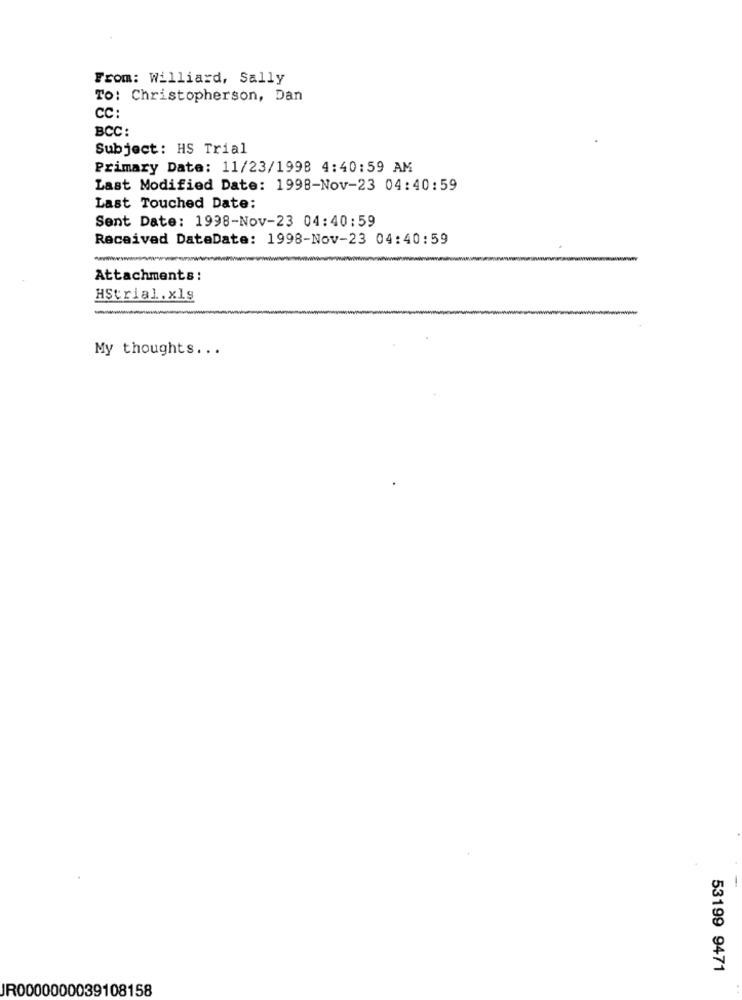
From: Williard, Sally
To: Christopherson, Dan
CC:
BCC:
Subject: HS Trial
Primary Date: 11/23/1998 4:40:59 AM
Last Modified Date: 1998-Nov-23 04:40:59
Last Touched Date:
Sent Date: 1998-Nov-23 04:40:59
Received DateDate: 1998-Nov-23 04:40:59
Attachments:
HStrial. x19
My thoughts ...
53199 9471
JR0000000039108158